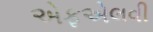
એફએલવી